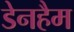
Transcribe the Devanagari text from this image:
डेनहैम